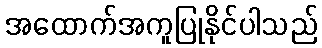
အထောက်အကူပြုနိုင်ပါသည်